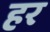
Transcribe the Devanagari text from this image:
हर